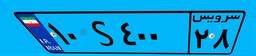
۱۰S۴۰۰۲۸